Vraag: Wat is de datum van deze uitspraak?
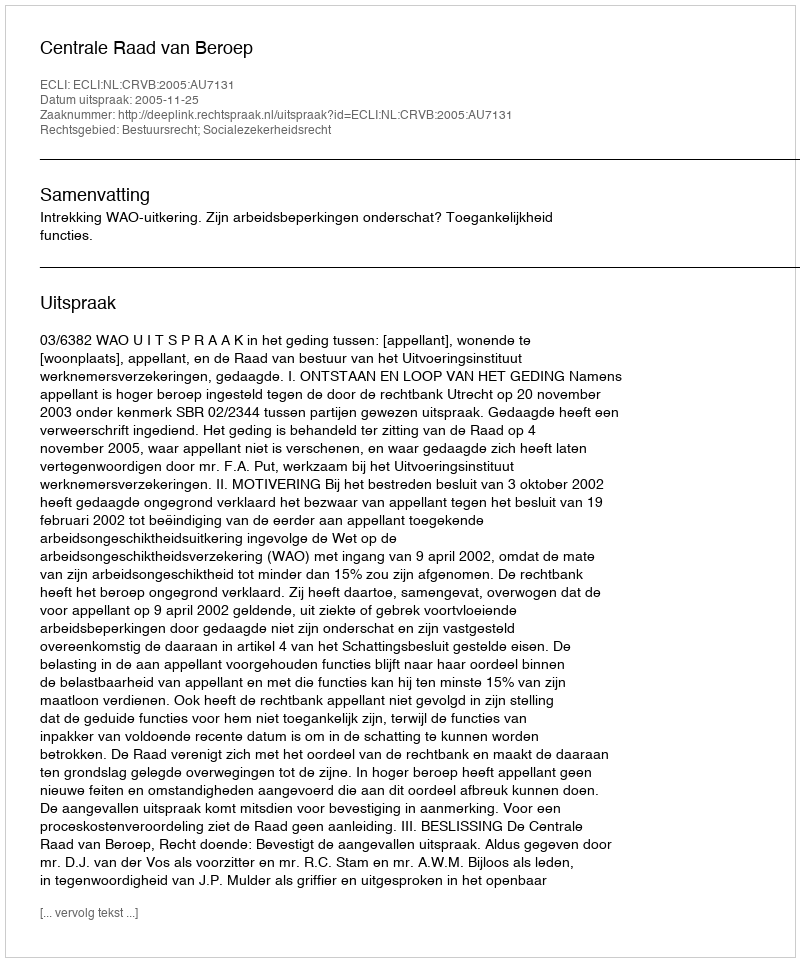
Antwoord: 2005-11-25